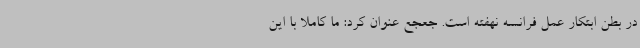
در بطن ابتکار عمل فرانسه نهفته است. جعجع عنوان کرد: ما کاملاً با این